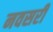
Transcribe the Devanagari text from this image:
नवसरी